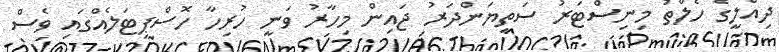
ދިއްލީގެ ހެލްތު މިނިސްޓަރު ސަތިޔަންދަރު ޖައިން މިހާރު ވަނީ ހުރިހާ ހޮސްޕިޓަލެއްގައި ވެސް